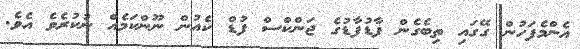
އެންމެފަހުން ގޭގައި ތިބެގެން ފާޑުފާޑުގެ ޖަންކްސް ފުޑް ކެއުން ނޫންކަމެއް ނުކުރެވެ އެވެ.